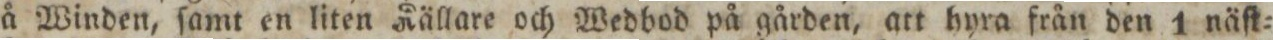
å Winden, ſamt en liten Källare och Wedbod på gården, att hyra från den 1 näſt=